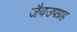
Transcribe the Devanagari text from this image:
जैवउपग्रह